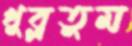
খুব্‌লতুম